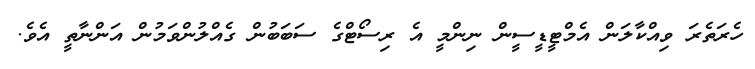
ހެރަތެރަ ވިއްކާލަން އެމްޓީޑީސީން ނިންމީ އެ ރިސޯޓްގެ ސަބަބުން ގެއްލުންވަމުން އަންނާތީ އެވެ.